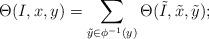
LaTeX: \begin{align*} \Theta(I,x,y)=\sum_{\tilde y\in\phi^{-1}(y)}\Theta(\tilde I,\tilde x,\tilde y);\end{align*}